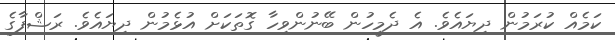
ކަމެއް ކުރަމުން ދިޔައެވެ. އެ ދެމީހުން ބޭނުންވިހާ ގޮތަކަށް އުޅެމުން ދިޔައެވެ. ރަޝްފާގެ